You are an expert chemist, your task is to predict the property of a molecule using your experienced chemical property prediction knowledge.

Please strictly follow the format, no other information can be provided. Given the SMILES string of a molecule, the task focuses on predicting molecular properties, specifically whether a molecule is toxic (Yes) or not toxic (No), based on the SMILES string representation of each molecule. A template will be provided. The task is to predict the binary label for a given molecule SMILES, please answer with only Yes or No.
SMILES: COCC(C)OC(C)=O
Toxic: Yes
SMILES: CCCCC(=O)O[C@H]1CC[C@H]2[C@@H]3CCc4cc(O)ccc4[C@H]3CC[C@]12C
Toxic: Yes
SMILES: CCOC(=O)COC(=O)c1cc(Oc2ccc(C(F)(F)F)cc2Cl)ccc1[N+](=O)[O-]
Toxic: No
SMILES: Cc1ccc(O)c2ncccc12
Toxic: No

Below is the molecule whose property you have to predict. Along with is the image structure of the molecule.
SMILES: O=C1c2cccc(O)c2C(=O)c2c(O)cc(CO)cc21
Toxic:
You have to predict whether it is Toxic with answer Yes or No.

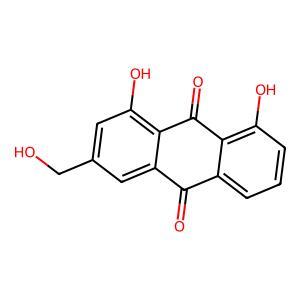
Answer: No